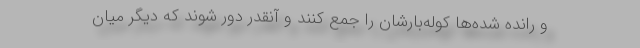
و رانده ‌شده‌ها كوله‌بارشان را جمع كنند و آنقدر دور شوند كه ديگر ميان